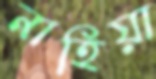
নাহিয়া